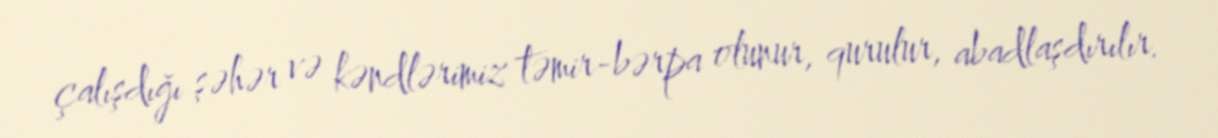
çalışdığı şəhər və kəndlərimiz təmir-bərpa olunur, qurulur, abadlaşdırılır.